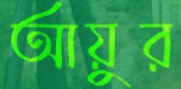
আয়ুর